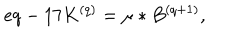
e q - 1 7 K ^ { ( q ) } = \mu \ast B ^ { ( q + 1 ) } ,